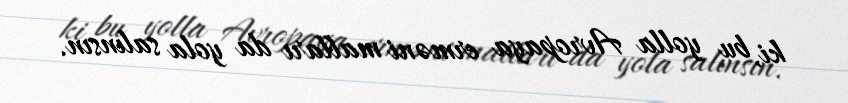
ki, bu yolla Avropaya erməni malları da yola salınsın.